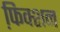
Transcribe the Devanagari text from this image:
फि़क्शन